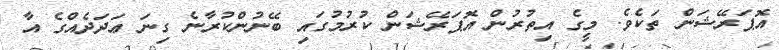
އޮޕަރޭޝަން ތަކެވެ. މީގެ އިތުރުން އޮޕަރޭޝަން ކުރުމުގައި ބޭނުންކުރާނެ ގިނަ ޢަދަދެއްގެ އާ